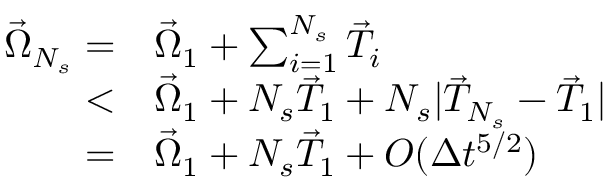
\begin{array} { r l } { \vec { \Omega } _ { N _ { s } } = } & { { } \vec { \Omega } _ { 1 } + \sum _ { i = 1 } ^ { N _ { s } } \vec { T } _ { i } } \\ { < } & { { } \vec { \Omega } _ { 1 } + N _ { s } \vec { T } _ { 1 } + N _ { s } | \vec { T } _ { N _ { s } } - \vec { T } _ { 1 } | } \\ { = } & { { } \vec { \Omega } _ { 1 } + N _ { s } \vec { T } _ { 1 } + O ( \Delta t ^ { 5 / 2 } ) } \end{array}